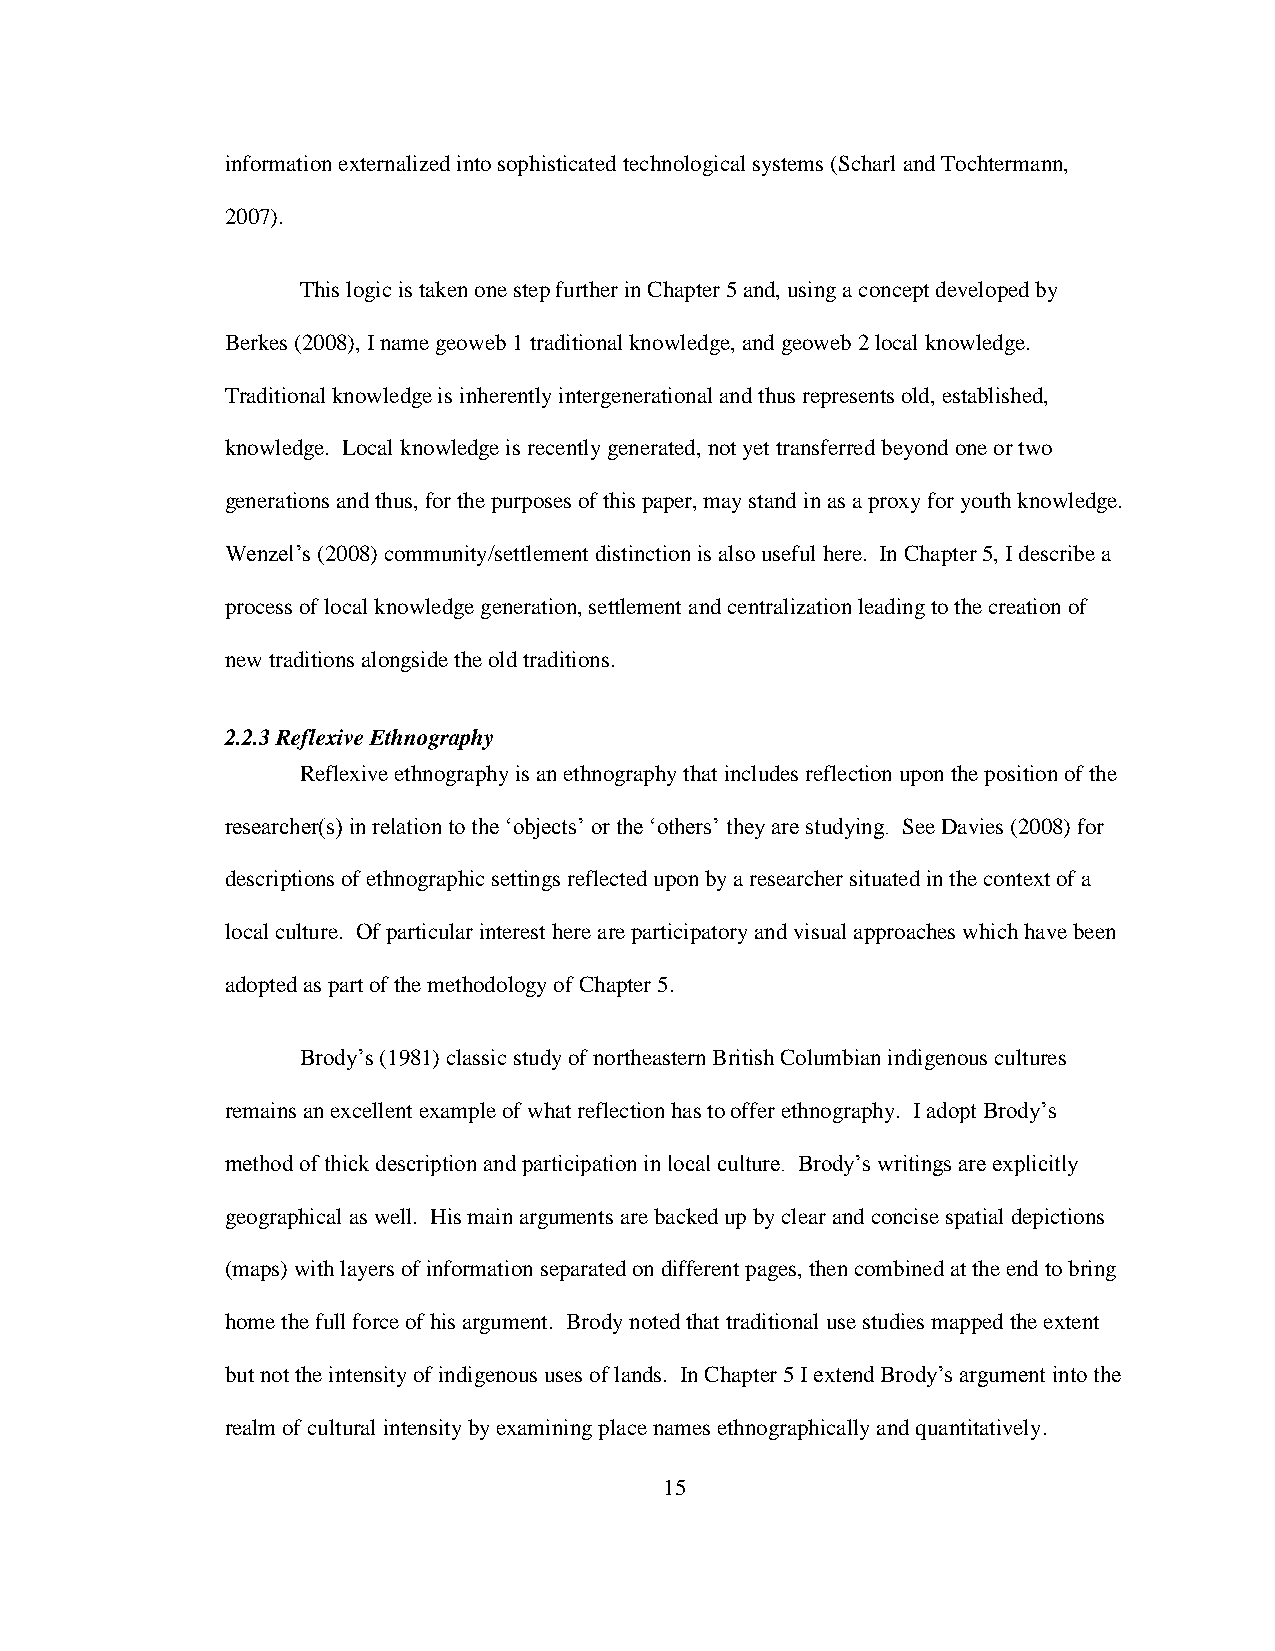
information externalized into sophisticated technological systems (Scharl and Tochtermann,
 2007).
 This logic is taken one step further in Chapter 5 and, using a concept developed by
 Berkes (2008), I name geoweb 1 traditional knowledge, and geoweb 2 local knowledge.
 Traditional knowledge is inherently intergenerational and thus represents old, established,
 knowledge. Local knowledge is recently generated, not yet transferred beyond one or two
 generations and thus, for the purposes of this paper, may stand in as a proxy for youth knowledge.
 Wenzel‟s (2008) community/settlement distinction is also useful here. In Chapter 5, I describe a
 process of local knowledge generation, settlement and centralization leading to the creation of
 new traditions alongside the old traditions.
 2.2.3 Reflexive Ethnography
 Reflexive ethnography is an ethnography that includes reflection upon the position of the
 researcher(s) in relation to the „objects‟ or the „others‟ they are studying. See Davies (2008) for
 descriptions of ethnographic settings reflected upon by a researcher situated in the context of a
 local culture. Of particular interest here are participatory and visual approaches which have been
 adopted as part of the methodology of Chapter 5.
 Brody‟s (1981) classic study of northeastern British Columbian indigenous cultures
 remains an excellent example of what reflection has to offer ethnography. I adopt Brody‟s
 method of thick description and participation in local culture. Brody‟s writings are explicitly
 geographical as well. His main arguments are backed up by clear and concise spatial depictions
 (maps) with layers of information separated on different pages, then combined at the end to bring
 home the full force of his argument. Brody noted that traditional use studies mapped the extent
 but not the intensity of indigenous uses of lands. In Chapter 5 I extend Brody‟s argument into the
 realm of cultural intensity by examining place names ethnographically and quantitatively.
 15